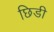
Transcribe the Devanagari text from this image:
छिडी